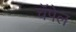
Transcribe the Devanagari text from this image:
चॅपेल